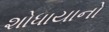
શોધાયાનો